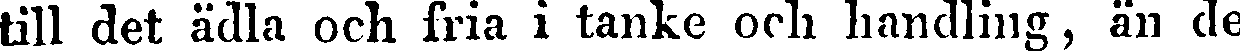
till det ädla och fria i tanke och handling, än de